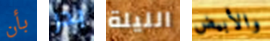
بأن بدر الليلة والأبيض